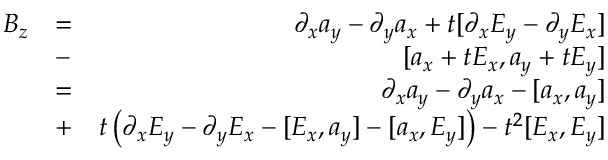
\begin{array} { r l r } { B _ { z } } & { = } & { \partial _ { x } a _ { y } - \partial _ { y } a _ { x } + t [ \partial _ { x } E _ { y } - \partial _ { y } E _ { x } ] } \\ & { - } & { [ a _ { x } + t E _ { x } , a _ { y } + t E _ { y } ] } \\ & { = } & { \partial _ { x } a _ { y } - \partial _ { y } a _ { x } - [ a _ { x } , a _ { y } ] } \\ & { + } & { t \left( \partial _ { x } E _ { y } - \partial _ { y } E _ { x } - [ E _ { x } , a _ { y } ] - [ a _ { x } , E _ { y } ] \right) - t ^ { 2 } [ E _ { x } , E _ { y } ] } \end{array}